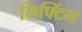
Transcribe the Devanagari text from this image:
सिफ्टिंग